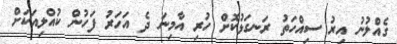
ގެއްލުނު އިރު ސިއްހަތު ރަނގަޅުކޮށް ހުރި އާމިނަ ދެ އަހަރު ފަހުން ކުއްލިއަކަށް